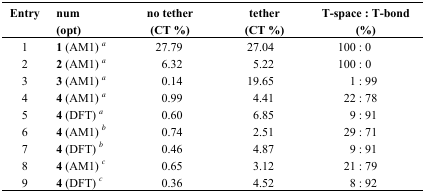
| Entry | num (opt) | no tether (CT %) | tether (CT %) | T-space : T-bond (%) |
 | --- | --- | --- | --- | --- |
 | 1 | 1 (AM1) a | 27.79 | 27.04 | 100 : 0 |
 | 2 | 2 (AM1) a | 6.32 | 5.22 | 100 : 0 |
 | 3 | 3 (AM1) a | 0.14 | 19.65 | 1 : 99 |
 | 4 | 4 (AM1) a | 0.99 | 4.41 | 22 : 78 |
 | 5 | 4 (DFT) a | 0.60 | 6.85 | 9 : 91 |
 | 6 | 4 (AM1) b | 0.74 | 2.51 | 29 : 71 |
 | 7 | 4 (DFT) b | 0.46 | 4.87 | 9 : 91 |
 | 8 | 4 (AM1) c | 0.65 | 3.12 | 21 : 79 |
 | 9 | 4 (DFT) c | 0.36 | 4.52 | 8 : 92 |